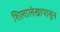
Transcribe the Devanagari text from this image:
शिलालेखापासून